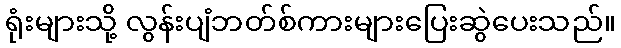
ရုံးများသို့ လွန်းပျံဘတ်စ်ကားများပြေးဆွဲပေးသည်။